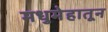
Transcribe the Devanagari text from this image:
मधुमेहातून